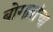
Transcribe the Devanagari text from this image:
बोगारांचा